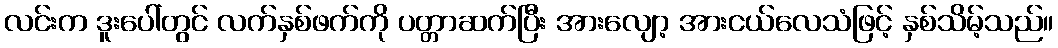
လင်းက ဒူးပေါ်တွင် လက်နှစ်ဖက်ကို ပတ္တာဆက်ပြီး အားလျော့ အားငယ်လေသံဖြင့် နှစ်သိမ့်သည်။